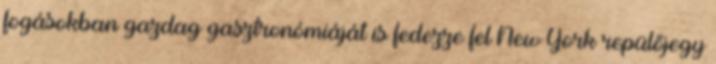
fogásokban gazdag gasztronómiáját is fedezze fel New York repülőjegy